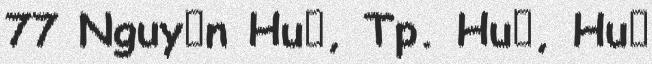
77 Nguyễn Huệ, Tp. Huế, Huế